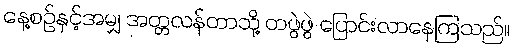
နေ့စဉ်နှင့်အမျှ အတ္တလန်တာသို့ တဖွဲဖွဲ ပြောင်းလာနေကြသည်။